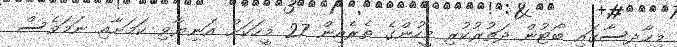
މިޙާދިސާގައި ބޯޓުން ދަތުރުކުރި މީހުންގެ ތެރެއިން 27 މީހަކަށް އަނިޔާވި ކަމަށާއި ނަމަވެސް